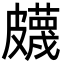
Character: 𥀯